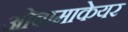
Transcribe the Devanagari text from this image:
ओबामाकेयर